Bréfritari: Guðný Jónsdóttir
Viðtakandi: Jón Borgfirðingur
Dagsetning: A-1899-02-25
Skrifað á: Sauðafelli  Dal.
Dóttir Jóns Borgfirðings

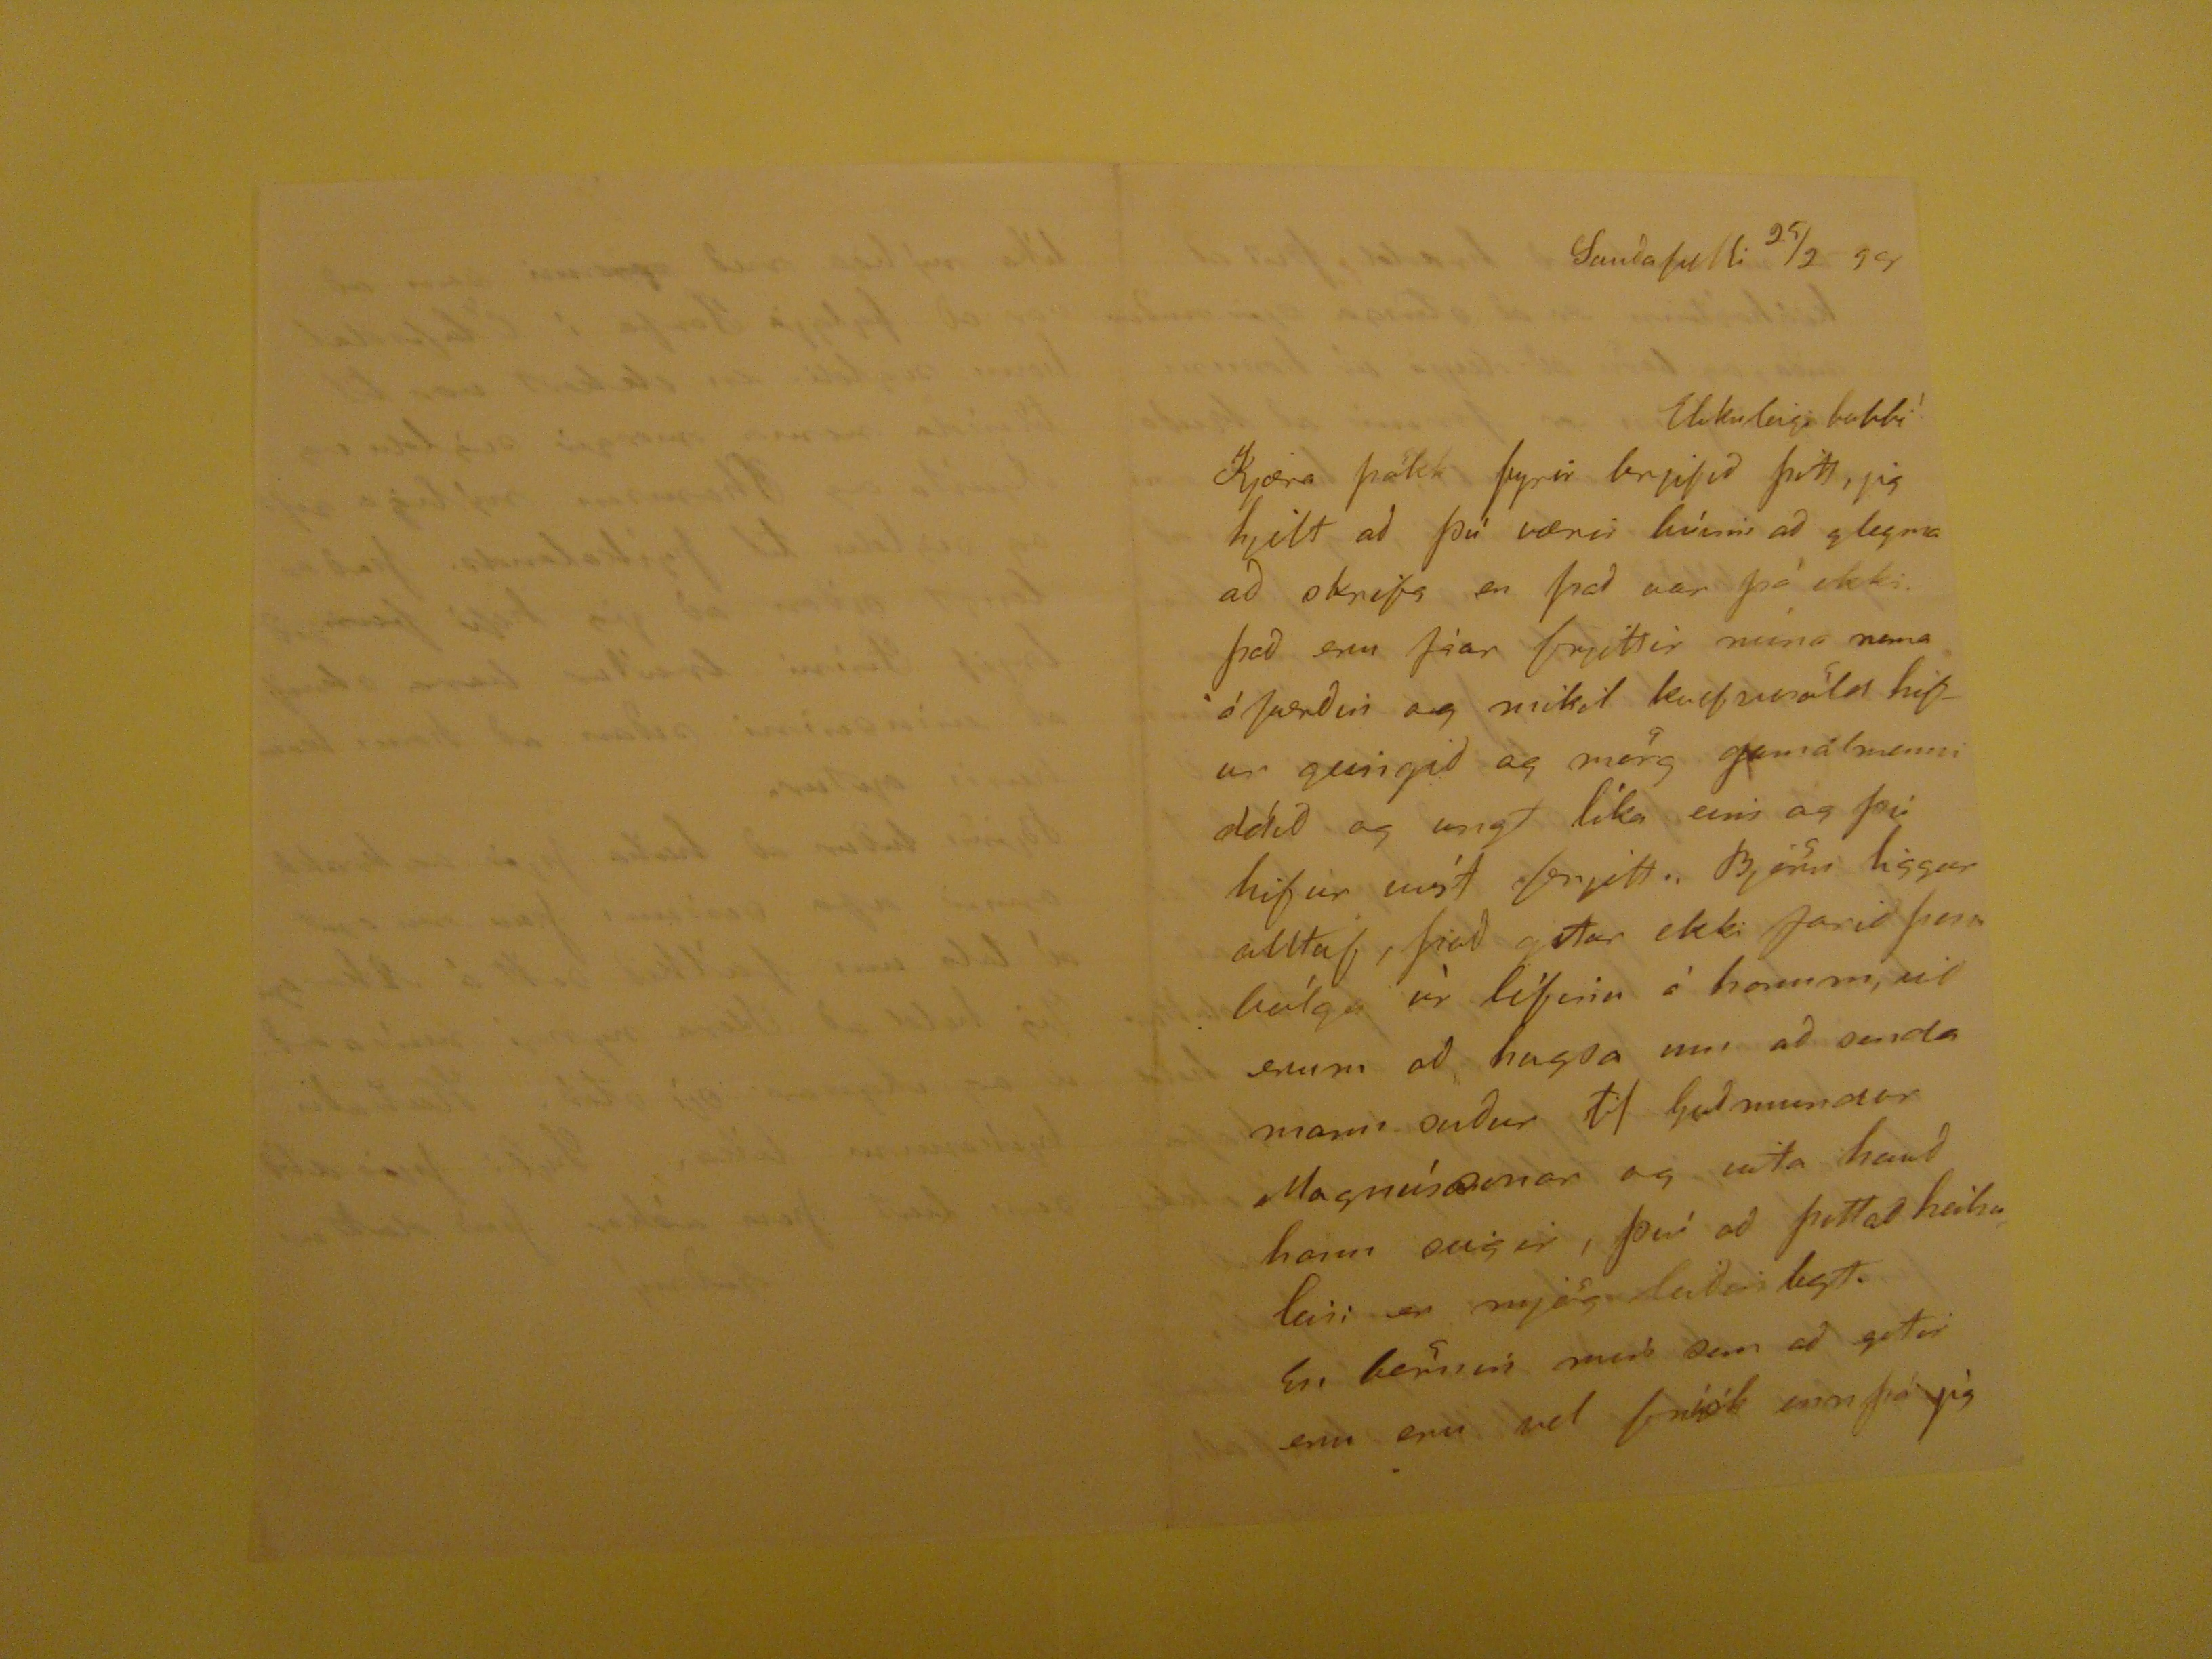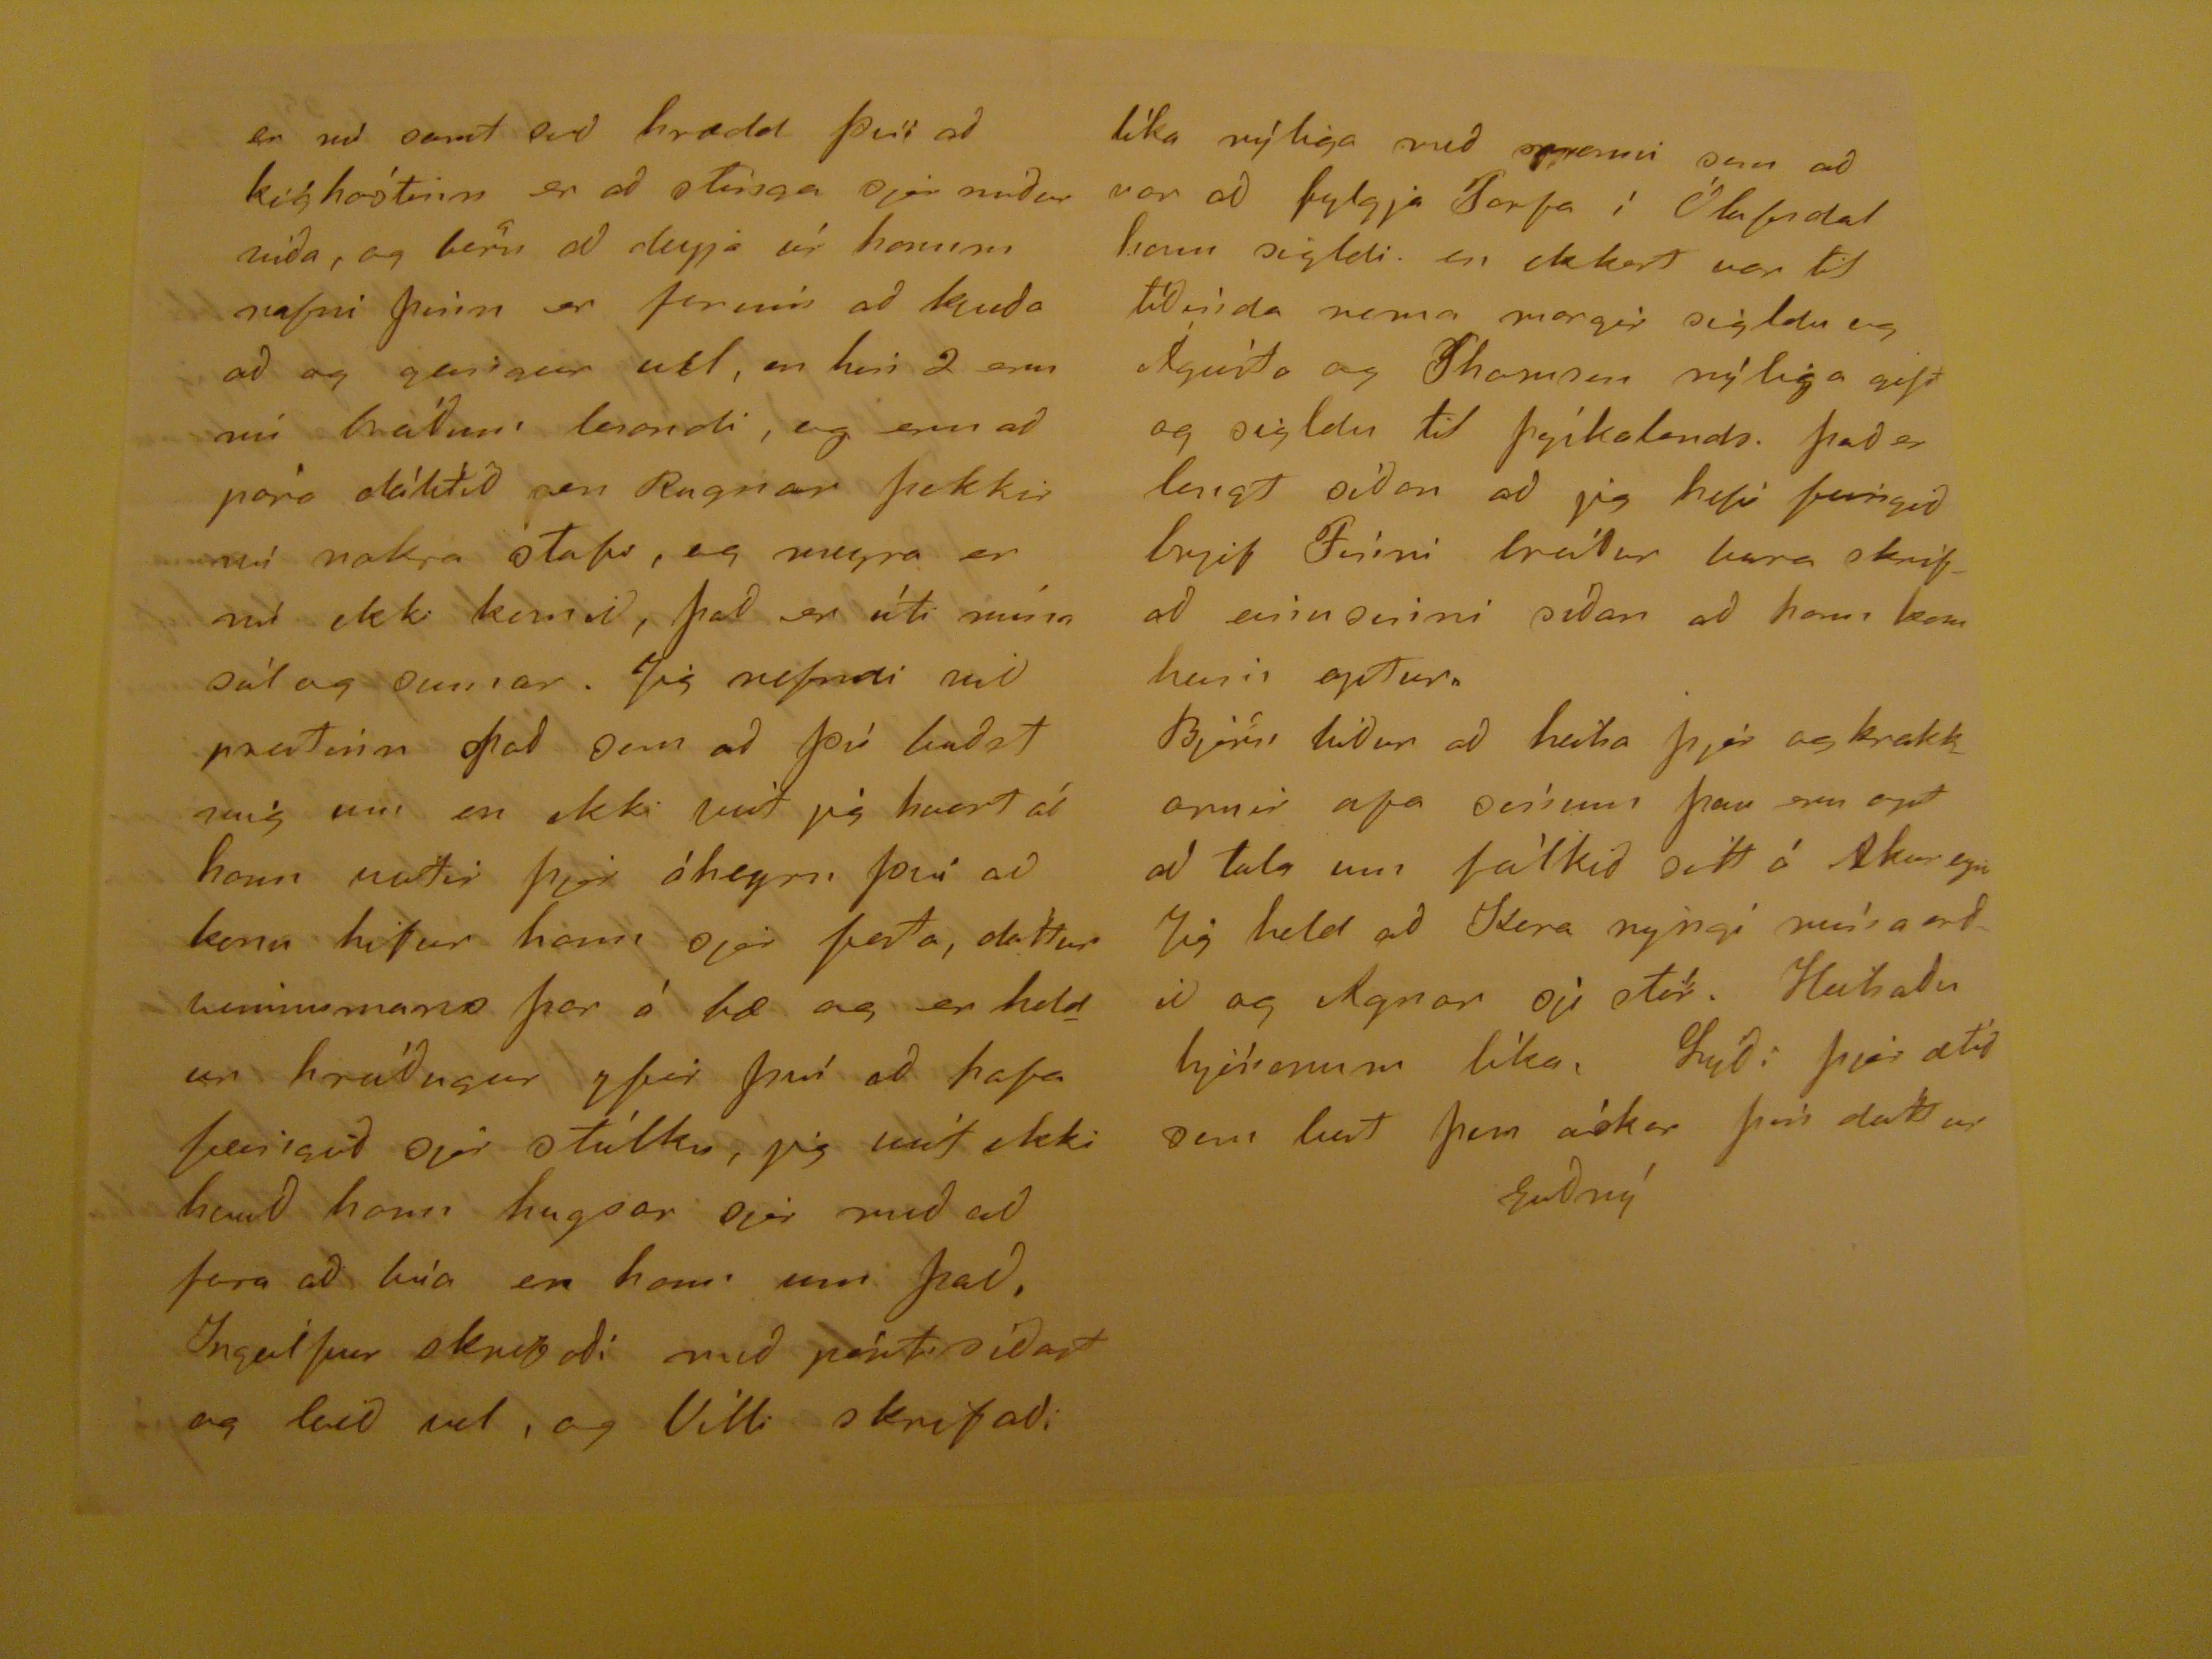

Sauðafelli 25/2 99
Elskuleigi babbi!
Kjæra þökk fyrir brjefið þitt, jig hjilt að þú værir búinn að gleyma að skrifa en það var þá ekki. það eru fáar frjittir núna nema ófærðir og mikil kvefssvöld hifur geingið og mörg gamalmenni dáið og ungt líka eins og þú hifur víst frjitt. Börn liggur alltaf, það getur ekki farið þessi bólga úr lífinu á honum, við erum að hugsa um að senda mann suður til Guðmundar Magnússonar og vita hvað hann seigir, því að þettað heilsuleisi er mjög leiðinligt.
En börnin min sem að
getir
enn eru vel frísk ennþá jig
er nú samt svo hrædd því að kíghóstinn er að stinga sjer
náðar viðar
, og börn að deyja úr honum nafni þinn er farinn að
kviða
að og gengur vel, en hin 2 eru nú bráðum lesandi, og enn að para dàlítið sem Ragnar þekki nú nokra stafi, og meyra er nú ekki komið, það er úti mína sál og sumar. Jig nefndi við prestinn það sem að þú baðst mig um en ekki veit jig hvort að hann veitir þjer áheyrn því að konu hifur hann sjer
feða
, dóttur vinnumans þar á bæ og er heldur hrúðugur yfir því að hafa feingið sjer stúlku, jig veit ekki hvað hann hugsar sjer með að fara að búa en hann um það. Ingólfur skrifaði mið pósti síðast og leið vel, og Villi skrifaði
líka nýliga með
manni
sem að var að fylgja Torfa ì Ólafsdal hann sigldi en ekkert var til tìðinda nema margir sigldu og Ágústa og
Shamsen
nýliga gift og sigldu til þýskalands. það er langt sìðan að jig hifir feingið brjef Finni bróður bara skrifað einu sinni síðan að hann kom heim aptur.
Björn biður að heilsa þjer og krakkarnir afa sìnum þau eru opt að tala um fólkið sit á Akureyri Jig held að
Slira nyngi erðið
og Agnar
op
stór. Heilsaður hjónunum lìka. Lýði þjer ætíð sem best þess óskar þín dóttur
Guðný